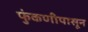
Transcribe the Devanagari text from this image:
फुंकणीपासून